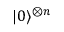
| 0 \rangle ^ { \otimes n }